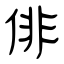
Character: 俳